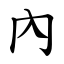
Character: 內